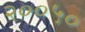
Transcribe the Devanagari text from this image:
२००५०